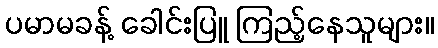
ပမာမခန့် ခေါင်းပြူ ကြည့်နေသူများ။